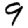
Digit: 9